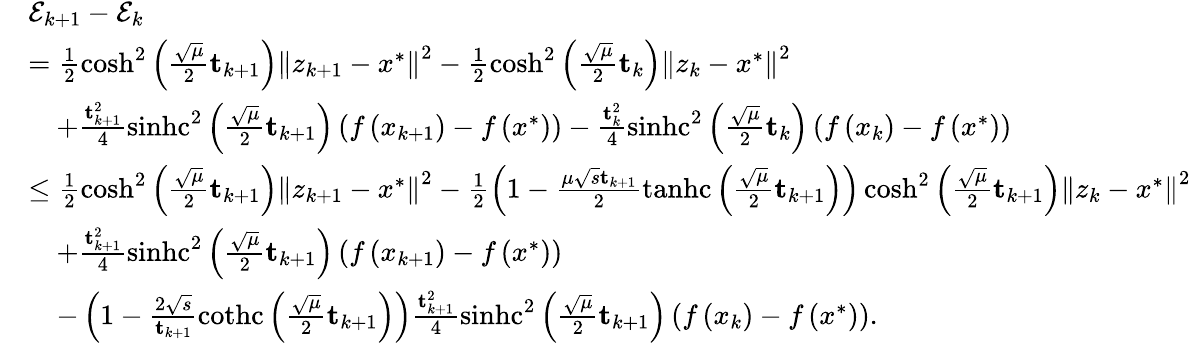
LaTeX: \begin{array}{rl}&{\mathcal{E}_{k+1}-\mathcal{E}_{k}}\\ &{=\frac{1}{2}\cosh^{2}\left(\frac{\sqrt{\mu}}{2}\mathbf{t}_{k+1}\right)\left\Vert z_{k+1}-x^{*}\right\Vert^{2}-\frac{1}{2}\cosh^{2}\left(\frac{\sqrt{\mu}}{2}\mathbf{t}_{k}\right)\left\Vert z_{k}-x^{*}\right\Vert^{2}}\\ &{\quad+\frac{\mathbf{t}_{k+1}^{2}}{4}\operatorname{sinhc}^{2}\left(\frac{\sqrt{\mu}}{2}\mathbf{t}_{k+1}\right)\left(f\left(x_{k+1}\right)-f\left(x^{*}\right)\right)-\frac{\mathbf{t}_{k}^{2}}{4}\operatorname{sinhc}^{2}\left(\frac{\sqrt{\mu}}{2}\mathbf{t}_{k}\right)\left(f\left(x_{k}\right)-f\left(x^{*}\right)\right)}\\ &{\leq\frac{1}{2}\cosh^{2}\left(\frac{\sqrt{\mu}}{2}\mathbf{t}_{k+1}\right)\left\Vert z_{k+1}-x^{*}\right\Vert^{2}-\frac{1}{2}\left(1-\frac{\mu\sqrt{s}\mathbf{t}_{k+1}}{2}\operatorname{tanhc}\left(\frac{\sqrt{\mu}}{2}\mathbf{t}_{k+1}\right)\right)\cosh^{2}\left(\frac{\sqrt{\mu}}{2}\mathbf{t}_{k+1}\right)\left\Vert z_{k}-x^{*}\right\Vert^{2}}\\ &{\quad+\frac{\mathbf{t}_{k+1}^{2}}{4}\operatorname{sinhc}^{2}\left(\frac{\sqrt{\mu}}{2}\mathbf{t}_{k+1}\right)\left(f\left(x_{k+1}\right)-f\left(x^{*}\right)\right)}\\ &{\quad-\left(1-\frac{2\sqrt{s}}{\mathbf{t}_{k+1}}\operatorname{cothc}\left(\frac{\sqrt{\mu}}{2}\mathbf{t}_{k+1}\right)\right)\frac{\mathbf{t}_{k+1}^{2}}{4}\operatorname{sinhc}^{2}\left(\frac{\sqrt{\mu}}{2}\mathbf{t}_{k+1}\right)\left(f\left(x_{k}\right)-f\left(x^{*}\right)\right).}\end{array}